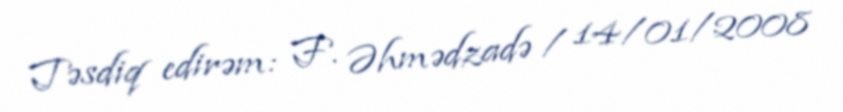
Təsdiq edirəm: F. Əhmədzadə / 14/01/2008